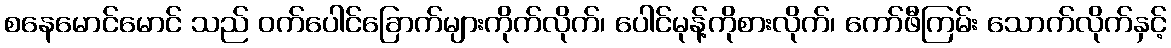
စနေမောင်မောင် သည် ဝက်ပေါင်ခြောက်များကိုက်လိုက်၊ ပေါင်မုန့်ကိုစားလိုက်၊ ကော်ဖီကြမ်း သောက်လိုက်နှင့်